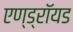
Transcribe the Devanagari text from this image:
एण्ड्रॉयड